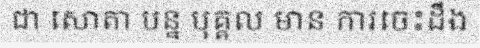
ជា សោតា បន្ន បុគ្គល មាន ការចេះដឹង